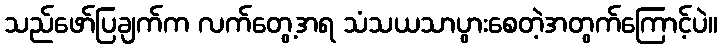
သည်ဖော်ပြချက်က လက်တွေ့အရ သံသယသာပွားစေတဲ့အတွက်ကြောင့်ပဲ။